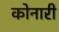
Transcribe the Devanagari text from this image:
कोनारी